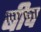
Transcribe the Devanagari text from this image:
बीच